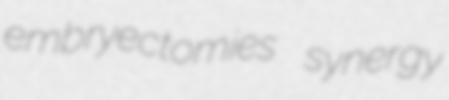
embryectomies synergy